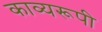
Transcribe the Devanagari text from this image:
काव्यरूपी